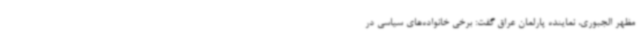
مظهر الجبوری، نماینده پارلمان عراق گفت: برخی خانواده‌های سیاسی در